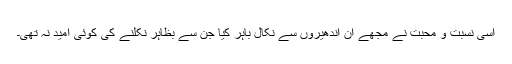
اسی نسبت و محبت نے مجھے ان اندھیروں سے نکال باہر کیا جن سے بظاہر نکلنے کی کوئی امید نہ تھی۔